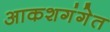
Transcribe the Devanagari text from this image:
आकशगंगेत